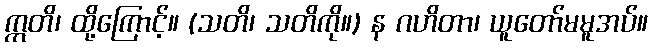
ဣတိ၊ ထို့ကြောင့်။ (သတိ၊ သတိကို။) န ဂဟိတာ၊ ယူတော်မမူအပ်။